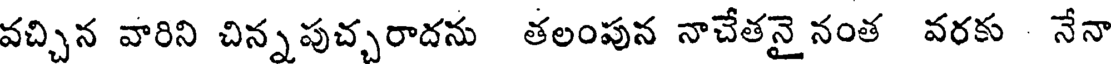
వచ్చిన వారిని చిన్నపుచ్చరాదను తలంపున నాచేతనై నంత వరకు నేనా